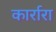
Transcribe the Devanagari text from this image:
कार्रारा